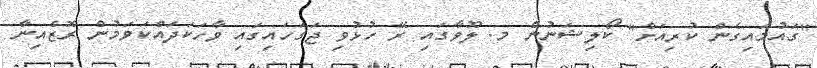
"ގައުމައިގެން ކުރިއަށް" ކޯލިޝަނުން މ. ލޫވާގައި ރޭ ހުޅުވި ޖަގަހައިގައި ވާހަކަދައްކަވަމުން ރޮޒެއިނާ